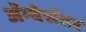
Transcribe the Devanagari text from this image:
अॅम्बेसॅडर